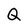
Character: Q